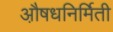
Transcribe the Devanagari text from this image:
औ़़षधनिर्मिती